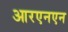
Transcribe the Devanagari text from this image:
आरएनएन